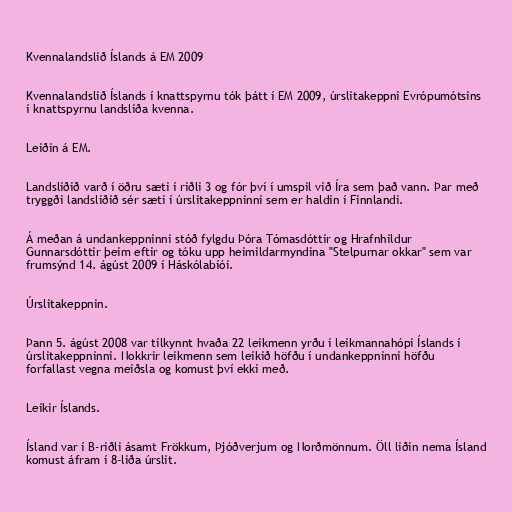
Kvennalandslið Íslands á EM 2009

Kvennalandslið Íslands í knattspyrnu tók þátt í EM 2009, úrslitakeppni Evrópumótsins
í knattspyrnu landsliða kvenna.

Leiðin á EM.

Landsliðið varð í öðru sæti í riðli 3 og fór því í umspil við Íra sem það vann. Þar með
tryggði landsliðið sér sæti í úrslitakeppninni sem er haldin í Finnlandi.

Á meðan á undankeppninni stóð fylgdu Þóra Tómasdóttir og Hrafnhildur
Gunnarsdóttir þeim eftir og tóku upp heimildarmyndina "Stelpurnar okkar" sem var
frumsýnd 14. ágúst 2009 í Háskólabíói.

Úrslitakeppnin.

Þann 5. ágúst 2008 var tilkynnt hvaða 22 leikmenn yrðu í leikmannahópi Íslands í
úrslitakeppninni. Nokkrir leikmenn sem leikið höfðu í undankeppninni höfðu
forfallast vegna meiðsla og komust því ekki með.

Leikir Íslands.

Ísland var í B-riðli ásamt Frökkum, Þjóðverjum og Norðmönnum. Öll liðin nema Ísland
komust áfram í 8-liða úrslit.